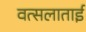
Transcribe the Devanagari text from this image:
वत्सलाताई